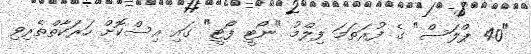
"40 ޕްލަސް" ގެ ފުރަތަމަ ފިލްމު "ނޯޓީ ފޯޓީ" ގައި އިސްކޮށް ހަރަކާތްތެރިވި